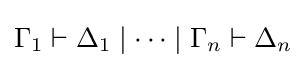
\Gamma _{1}\vdash \Delta _{1}\mid \dots \mid \Gamma _{n}\vdash \Delta _{n}